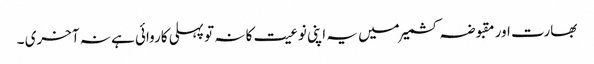
بھارت اور مقبوضہ کشمیر میں یہ اپنی نوعیت کا نہ تو پہلی کاروائی ہے نہ آخری ۔